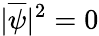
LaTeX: |\overline{{\psi}}|^{2}=0